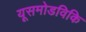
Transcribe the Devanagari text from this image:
यूसमोडविकि